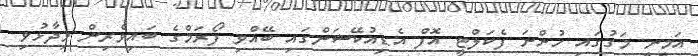
އަމީނީ މަގުގައި ހުންނަ ފެކަލްޓީ އޮފް އެޑިއުކޭޝަންގައި ބޭއްވި ފޯރަމްގެ ބައިވެރިން ވިދާޅުވި